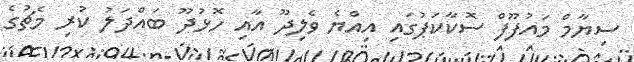
ސިޔާމް މައުފޫފް ސޮކާކަޕުގައި އިއްޔެ ވެލިދޫ އާއި ހޮޅުދޫ ބައްދަލު ކުރި މެޗުގެ